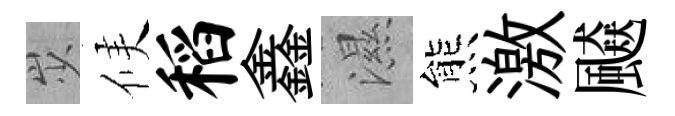
𡵯候稻鑫濕熊激飇